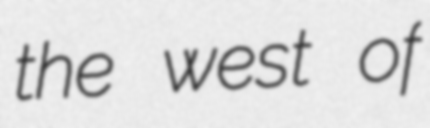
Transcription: the west of